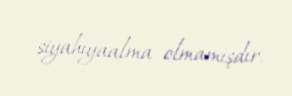
siyahıyaalma olmamışdır.